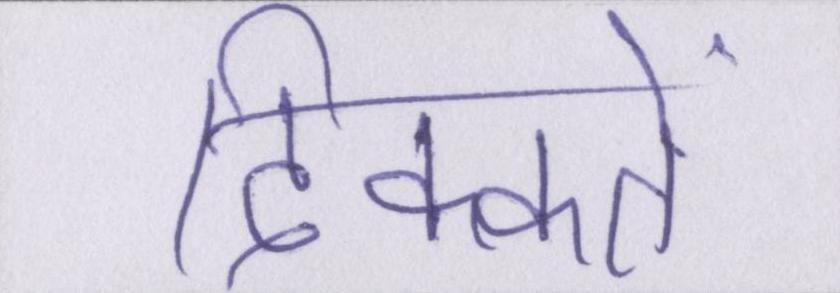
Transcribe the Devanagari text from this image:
दिक्कतें